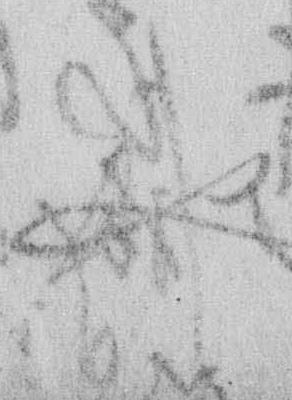
や